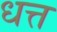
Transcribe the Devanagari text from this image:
धत्त